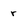
Character: r